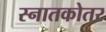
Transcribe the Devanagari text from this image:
स्‍नातकोतर